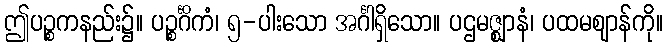
ဤပဉ္စကနည်း၌။ ပဉ္စင်္ဂိကံ၊ ၅-ပါးသော အင်္ဂါရှိသော။ ပဌမဇ္ဈာနံ၊ ပထမဈာန်ကို။